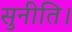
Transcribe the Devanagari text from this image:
सुनीति।